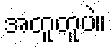
အတူတူပဲ။